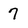
Character: 7